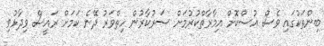
ބިންތަކުގައި ވެސް އުސްކޮށް އިމާރާތްކުރުމަށް ސަރުކާރުން ހިތްވަރު ދޭނެ ކަމަށް ރައީސް ވިދާޅުވި